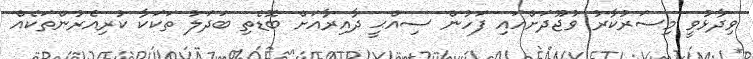
ވިދާޅުވީ މިސަރުކާރު ވުޖޫދަށްއައި ފަހުން ސިއްޙީ ދާއިރާއަށް ބޮޑެތި ބަދަލު ތަކަކާ ކުރިއެރުންތަކެއް